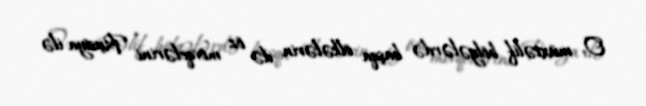
O, müxtəlif bölgələrdə başqa ölkələrin də öz mövqelərini Rusiya ilə